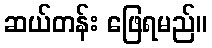
ဆယ်တန်း ဖြေရမည်။